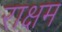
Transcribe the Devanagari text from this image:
राक्षम